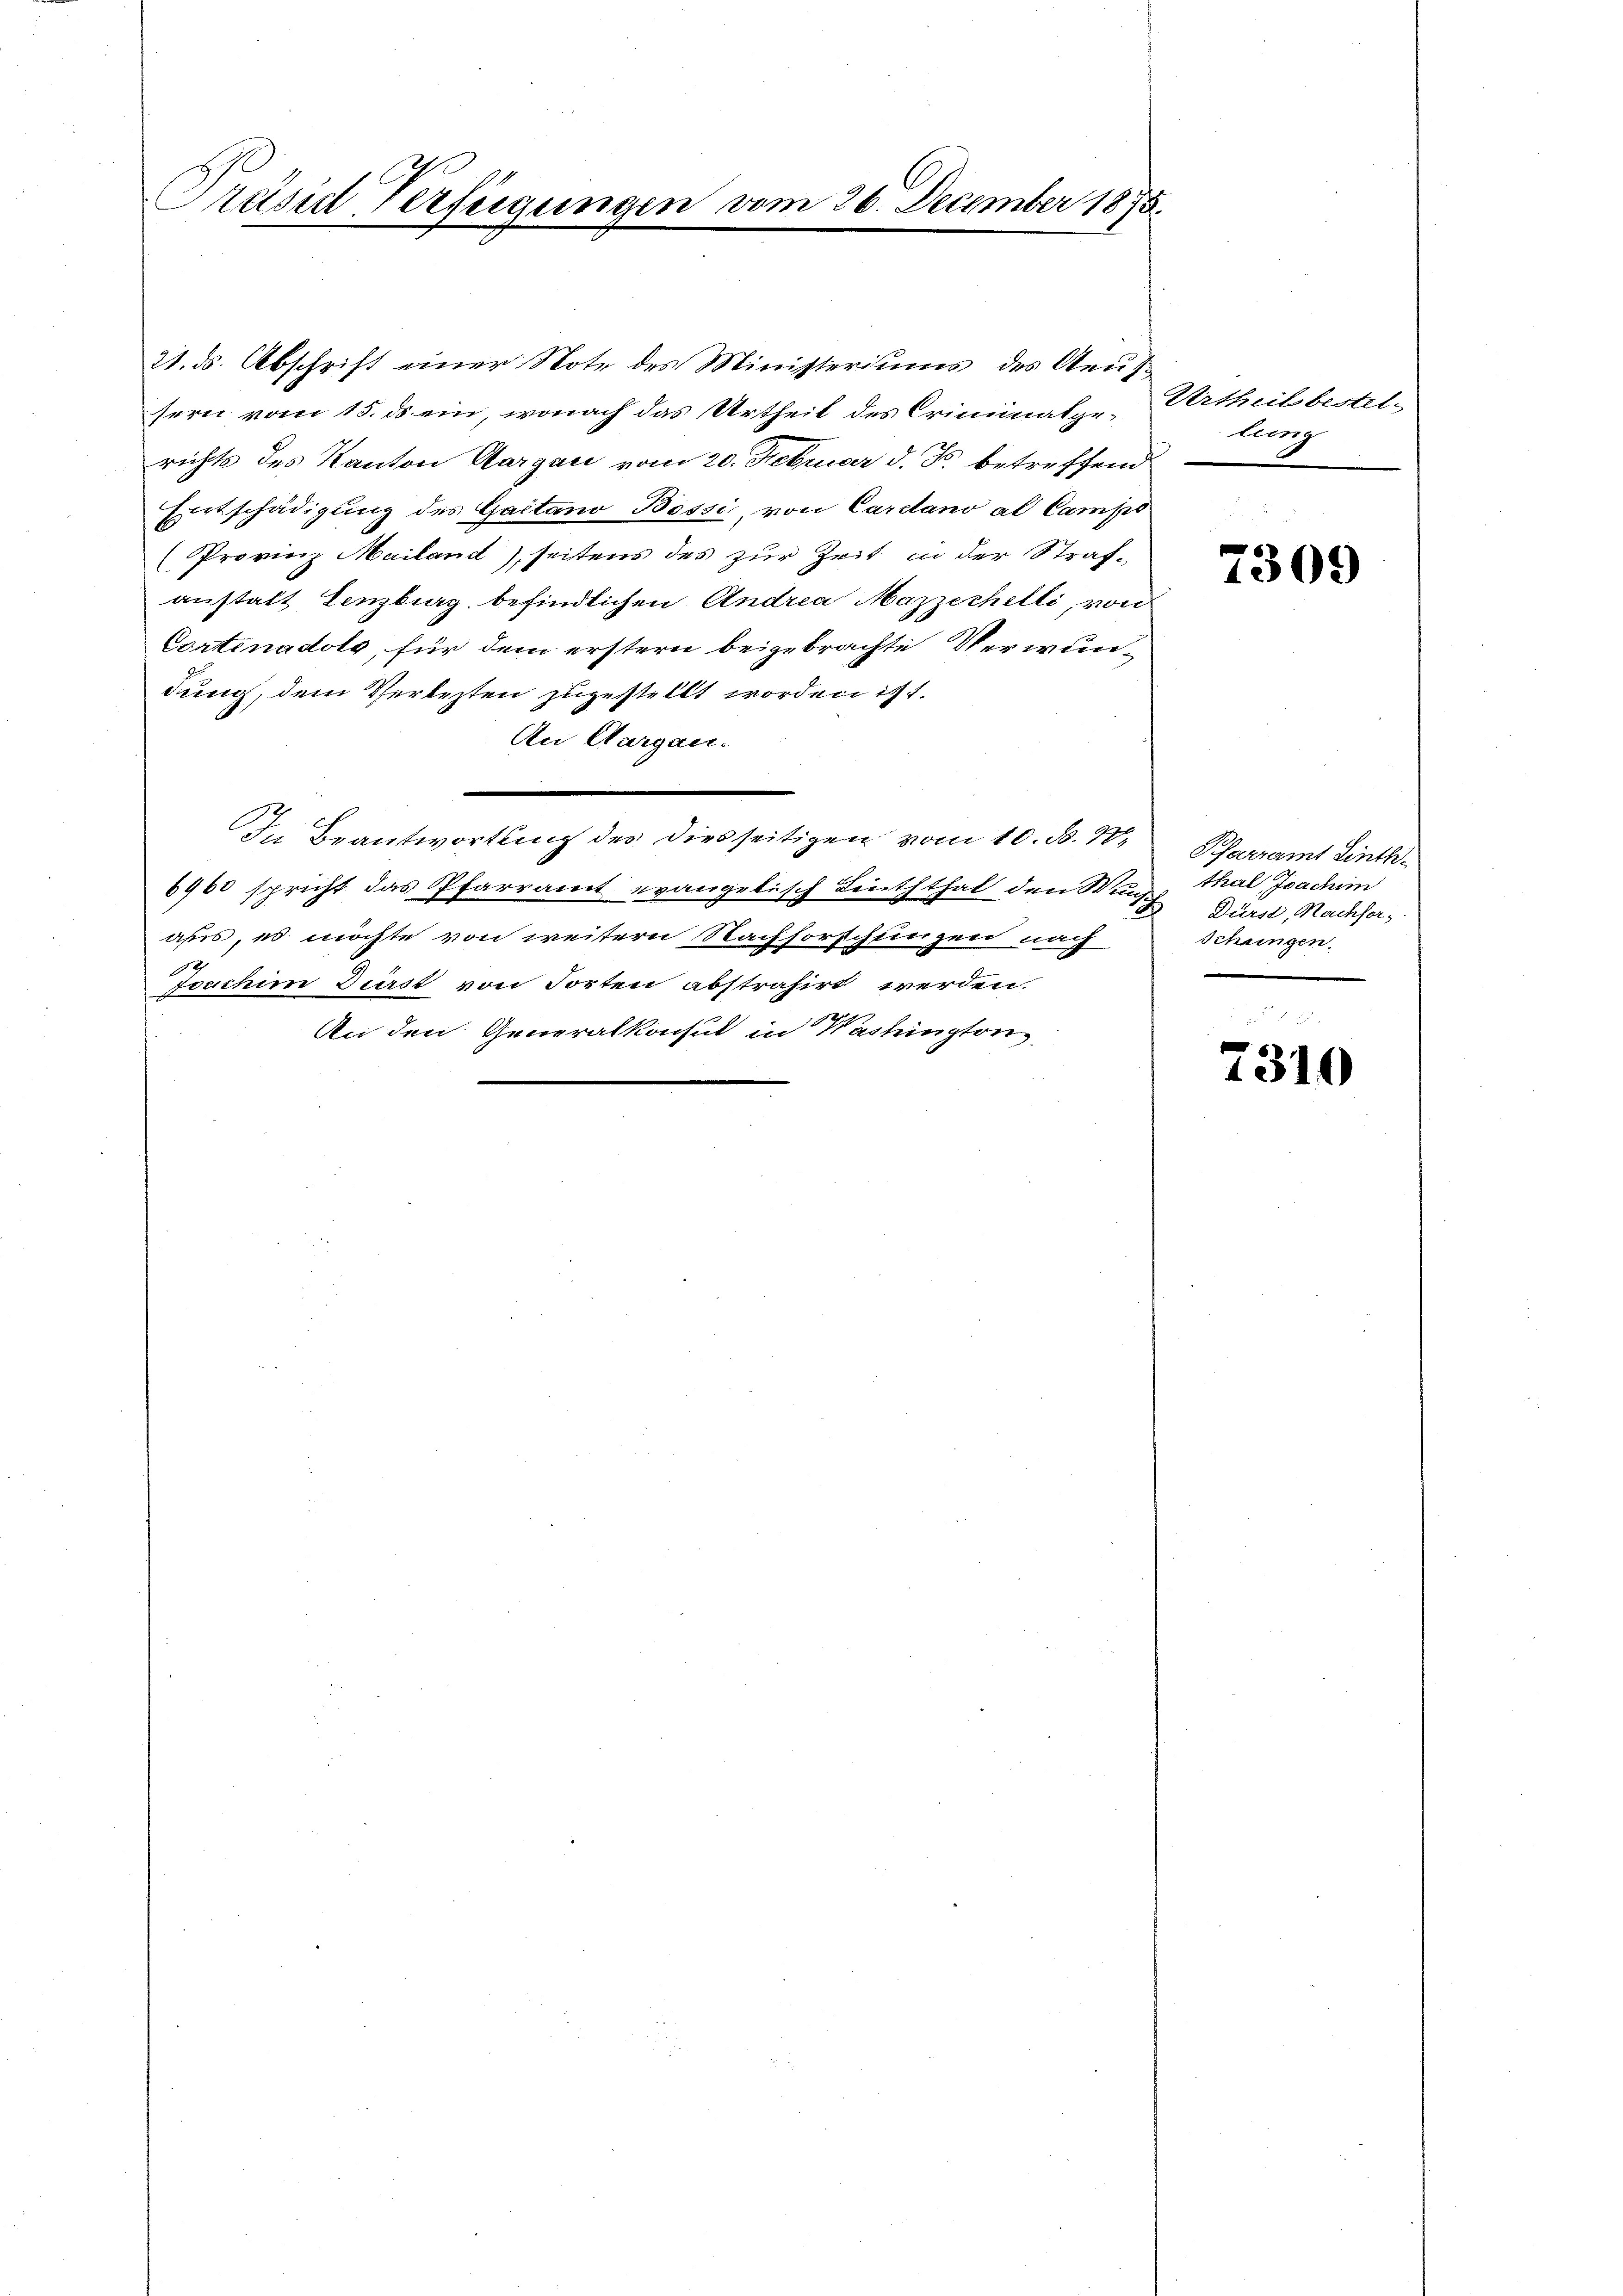
Präsid Verfügungen vom 26. December 1875.

21. ds. Abschrift einer Note des Ministeriums des Aeufsern vom 15. ds. ein, wonach das Urtheil des Criminalge-Urtheil bestelrichte des Kanton Aargau vom 20. Februar d. Js. betreffend
Entschädigung des Gaitano Bossi, von Carclano al Camps
(Provinz Mailand), seitens des zur Zeit in der Strafanstalt Lenzburg befindlichen Andrea Mazzechelli, von
Continadolg, für dem erstern beigebrachte Verwundung, dem Verlezten zugestellt worden ist.
An Aargau.
In Beantwortung des diesseitigen vom 10. d. M.
6960 spricht das Pfarramt evangetisch Leuththal den Wund
aßes, es möchte von weitern Nachforschungen nach
h
Joeschim Durst von Torten abstrahirt werden.
An den Generalkonsul in Washington

lung

g
1009

Pfarramt Linth.
thal Joachim
Dürst, Nachfor¬
Schungen.

7310